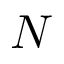
N